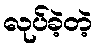
လုပ်ခဲ့တဲ့